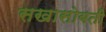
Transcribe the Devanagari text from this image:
सखासोबती